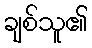
ချစ်သူ၏